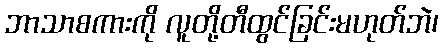
ဘာသာစကားကို လူတို့တီထွင်ခြင်းမဟုတ်ဘဲ၊